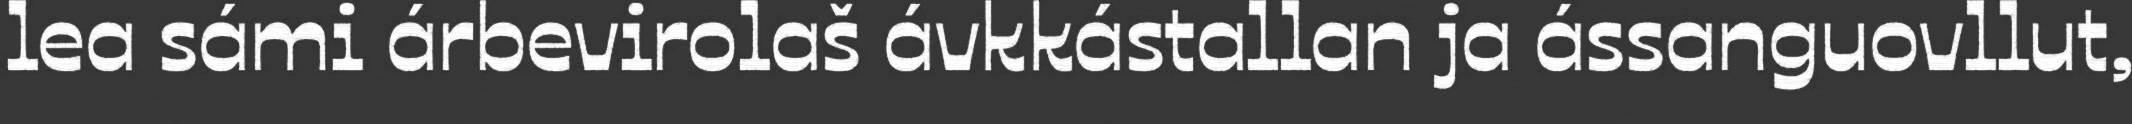
lea sámi árbevirolaš ávkkástallan ja ássanguovllut,